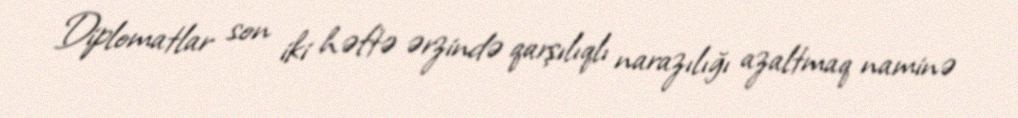
Diplomatlar son iki həftə ərzində qarşılıqlı narazılığı azaltmaq naminə